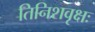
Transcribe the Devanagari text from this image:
तिनिशवृक्षः